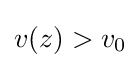
v(z)>v_{0}